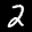
Label: 2